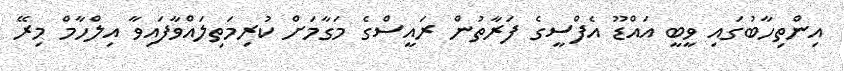
އިންތިހާބުގައި ވީބީ އައްޑޫ އެފްސީގެ ފަރާތުން ރައީސްގެ މަގާމަށް ކުރިމަތިލައްވާފައިވާ އިލްހާމް މިރޭ